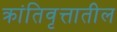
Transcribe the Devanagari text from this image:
क्रांतिवृत्तातील